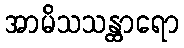
အာမိသသန္ထာရော